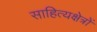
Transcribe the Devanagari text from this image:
साहित्यक्षेत्रों